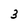
Character: 3